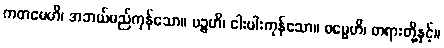
ကတမေဟိ၊ အဘယ်မည်ကုန်သော။ ပဉ္စဟိ၊ ငါးပါးကုန်သော။ ဓမ္မေဟိ၊ တရားတို့နှင့်။